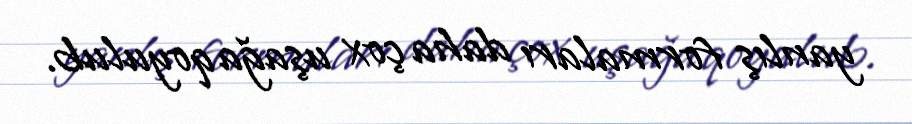
yanlış formaları daha çox uşağa qoyulub.